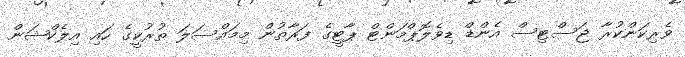
ވެރިކަންކުރާ ޖަސްޓިސް އެންޑް ޑިވެލޮޕްމަންޓް ޕާޓީގެ ފަރާތުން މިމައްސަލަ ތުރުކީގެ ހައި އިލެކްޝަން